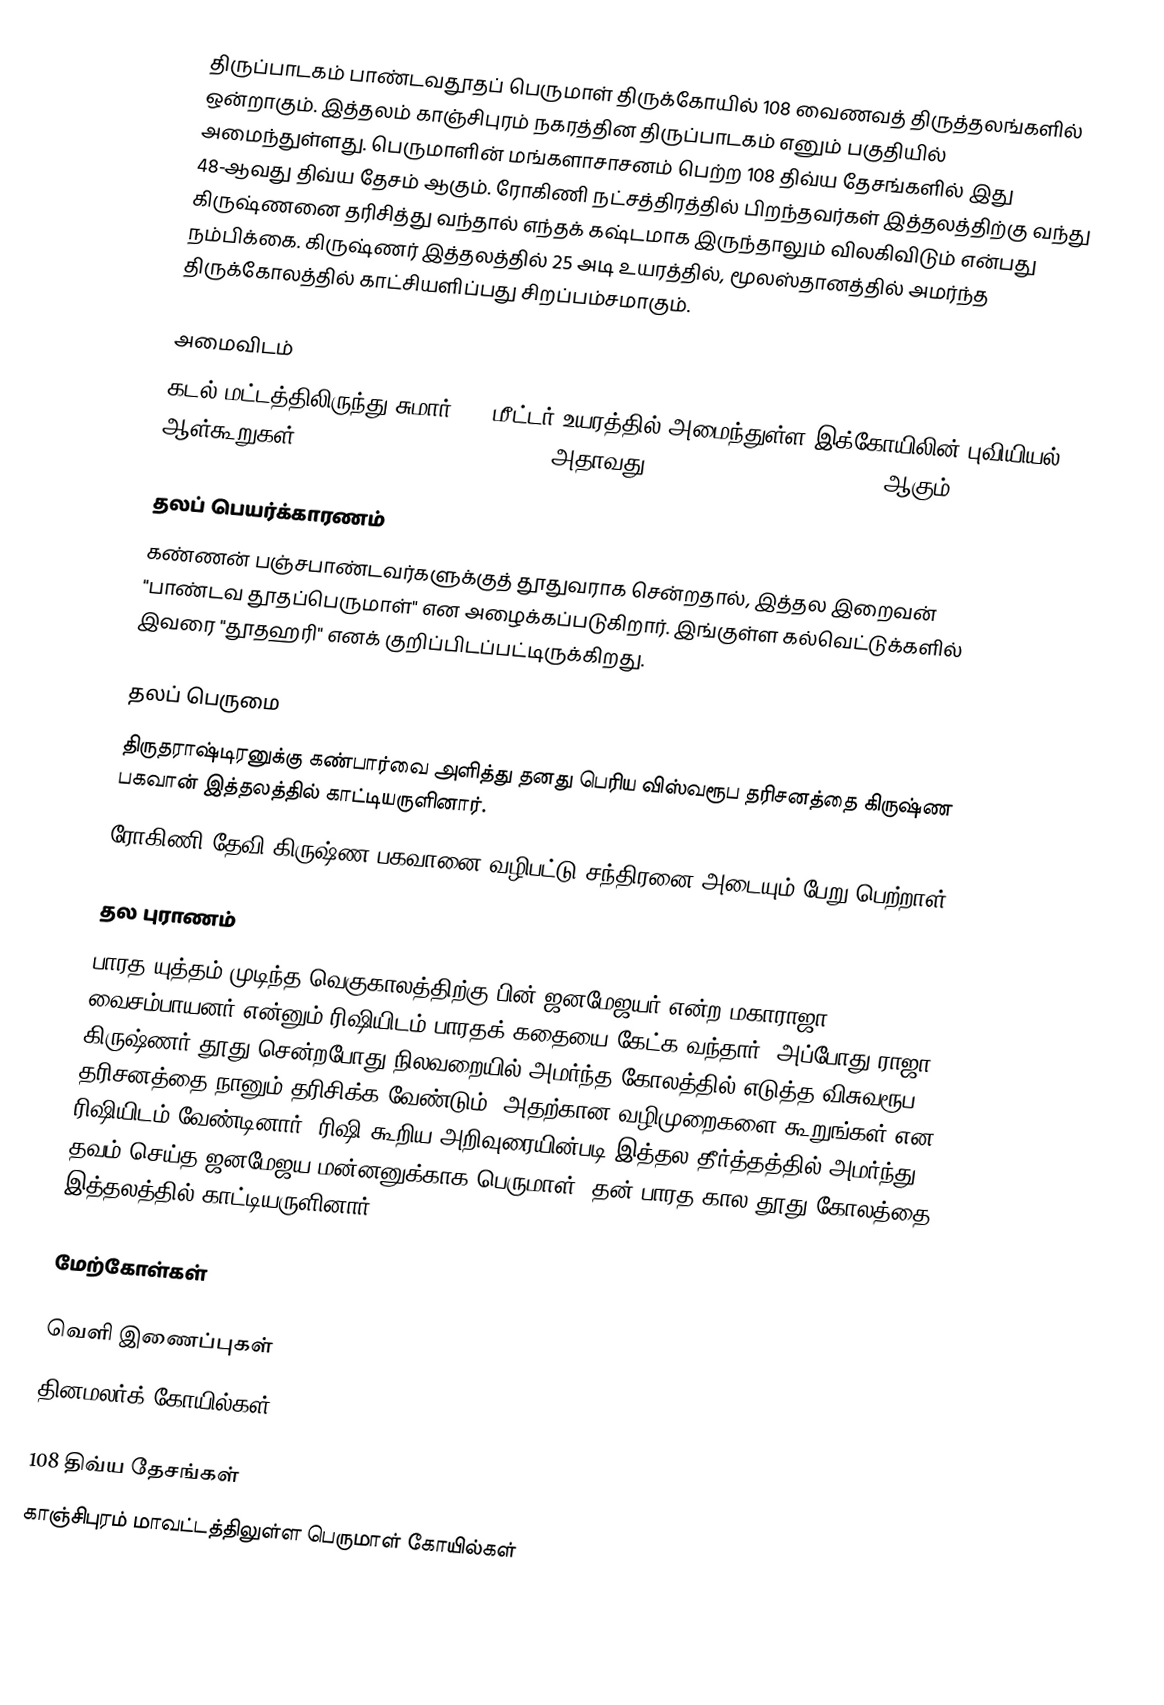
திருப்பாடகம் பாண்டவதூதப் பெருமாள் திருக்கோயில் 108 வைணவத் திருத்தலங்களில் ஒன்றாகும். இத்தலம் காஞ்சிபுரம் நகரத்தின திருப்பாடகம் எனும் பகுதியில் அமைந்துள்ளது. பெருமாளின் மங்களாசாசனம் பெற்ற 108 திவ்ய தேசங்களில் இது 48-ஆவது திவ்ய தேசம் ஆகும். ரோகிணி நட்சத்திரத்தில் பிறந்தவர்கள் இத்தலத்திற்கு வந்து கிருஷ்ணனை தரிசித்து வந்தால் எந்தக் கஷ்டமாக இருந்தாலும் விலகிவிடும் என்பது நம்பிக்கை. கிருஷ்ணர் இத்தலத்தில் 25 அடி உயரத்தில், மூலஸ்தானத்தில் அமர்ந்த திருக்கோலத்தில் காட்சியளிப்பது சிறப்பம்சமாகும்.

அமைவிடம்
கடல் மட்டத்திலிருந்து சுமார் 110 மீட்டர் உயரத்தில் அமைந்துள்ள இக்கோயிலின் புவியியல் ஆள்கூறுகள்: 12°50'33.5"N, 79°41'49.6"E (அதாவது, 12.842649°N, 79.697110°E) ஆகும்.

தலப் பெயர்க்காரணம்
கண்ணன் பஞ்சபாண்டவர்களுக்குத் தூதுவராக சென்றதால், இத்தல இறைவன் "பாண்டவ தூதப்பெருமாள்" என அழைக்கப்படுகிறார். இங்குள்ள கல்வெட்டுக்களில் இவரை "தூதஹரி" எனக் குறிப்பிடப்பட்டிருக்கிறது.

தலப் பெருமை
 திருதராஷ்டிரனுக்கு கண்பார்வை அளித்து தனது பெரிய விஸ்வரூப தரிசனத்தை கிருஷ்ண பகவான் இத்தலத்தில் காட்டியருளினார்.
 ரோகிணி தேவி கிருஷ்ண பகவானை வழிபட்டு சந்திரனை அடையும் பேறு பெற்றாள்.

தல புராணம்
பாரத யுத்தம் முடிந்த வெகுகாலத்திற்கு பின் ஜனமேஜயர் என்ற மகாராஜா, வைசம்பாயனர் என்னும் ரிஷியிடம் பாரதக் கதையை கேட்க வந்தார். அப்போது ராஜா, கிருஷ்ணர் தூது சென்றபோது நிலவறையில் அமர்ந்த கோலத்தில் எடுத்த விசுவரூப தரிசனத்தை நானும் தரிசிக்க வேண்டும். அதற்கான வழிமுறைகளை கூறுங்கள் என ரிஷியிடம் வேண்டினார். ரிஷி கூறிய அறிவுரையின்படி இத்தல தீர்த்தத்தில் அமர்ந்து தவம் செய்த ஜனமேஜய மன்னனுக்காக பெருமாள், தன் பாரத கால தூது கோலத்தை இத்தலத்தில் காட்டியருளினார்.

மேற்கோள்கள்

வெளி இணைப்புகள்
தினமலர்க் கோயில்கள்

108 திவ்ய தேசங்கள்
காஞ்சிபுரம் மாவட்டத்திலுள்ள பெருமாள் கோயில்கள்